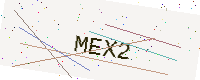
Text: MEX2